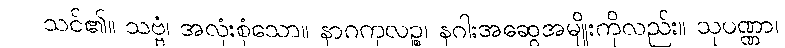
သင်၏။ သဗ္ဗံ၊ အလုံးစုံသော။ နာဂကုလဉ္စ၊ နဂါးအဆွေအမျိုးကိုလည်း။ သုပဏ္ဏာ၊